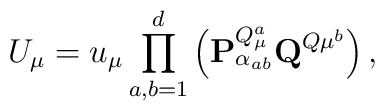
U_{\mu}=u_{\mu}\prod_{a,b=1}^{d}\left( {\mathbf{P}}_{\alpha_{ab}}^{Q_{\mu}^{a}}{\mathbf{Q}}^{Q{\mu}^{b}}\right),